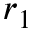
r _ { 1 }